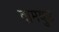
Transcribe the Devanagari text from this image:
वामयुप्ट